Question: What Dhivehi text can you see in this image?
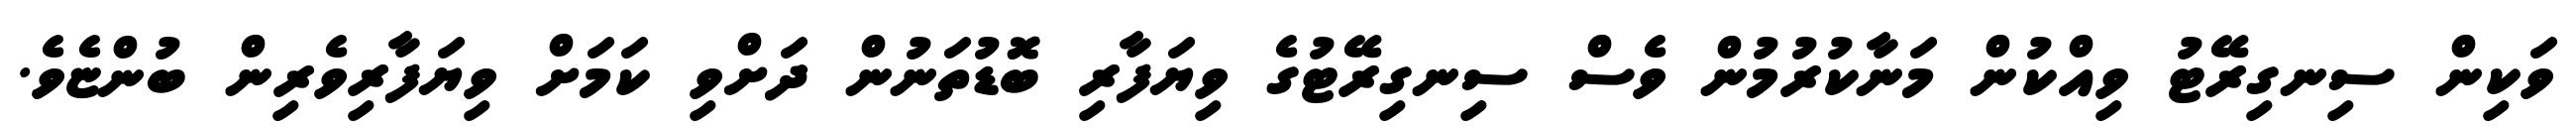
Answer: ވަކިން ސިނގިރޭޓު ވިއްކުން މަނާކުރުމުން ވެސް ސިނގިރޭޓުގެ ވިޔަފާރި ބޮޑުތަނުން ދަށްވި ކަމަށް ވިޔަފާރިވެރިން ބުންޏެވެ.